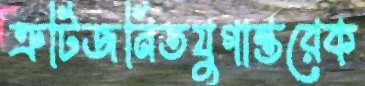
ত্রুটিজনিতযুগান্তরেক